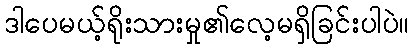
ဒါပေမယ့်ရိုးသားမှု၏လေ့မရှိခြင်းပါပဲ။